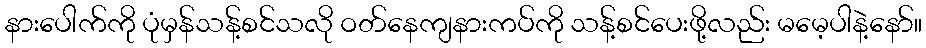
နားပေါက်ကို ပုံမှန်သန့်စင်သလို ဝတ်နေကျနားကပ်ကို သန့်စင်ပေးဖို့လည်း မမေ့ပါနဲ့နော်။